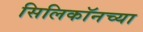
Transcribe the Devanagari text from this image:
सिलिकॉनच्या